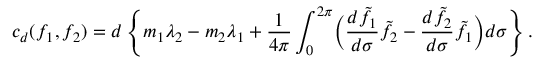
c _ { d } ( f _ { 1 } , f _ { 2 } ) = d \left\{ m _ { 1 } \lambda _ { 2 } - m _ { 2 } \lambda _ { 1 } + \frac { 1 } { 4 \pi } \int _ { 0 } ^ { 2 \pi } \biggl ( \frac { d \tilde { f } _ { 1 } } { d \sigma } \tilde { f } _ { 2 } - \frac { d \tilde { f } _ { 2 } } { d \sigma } \tilde { f } _ { 1 } \biggr ) d \sigma \right\} .